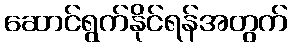
ဆောင်ရွက်နိုင်ရန်အတွက်